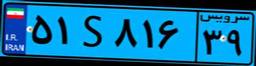
۵۱S۸۱۶۳۹